Scottish Leaving Certificate Examination, 1961
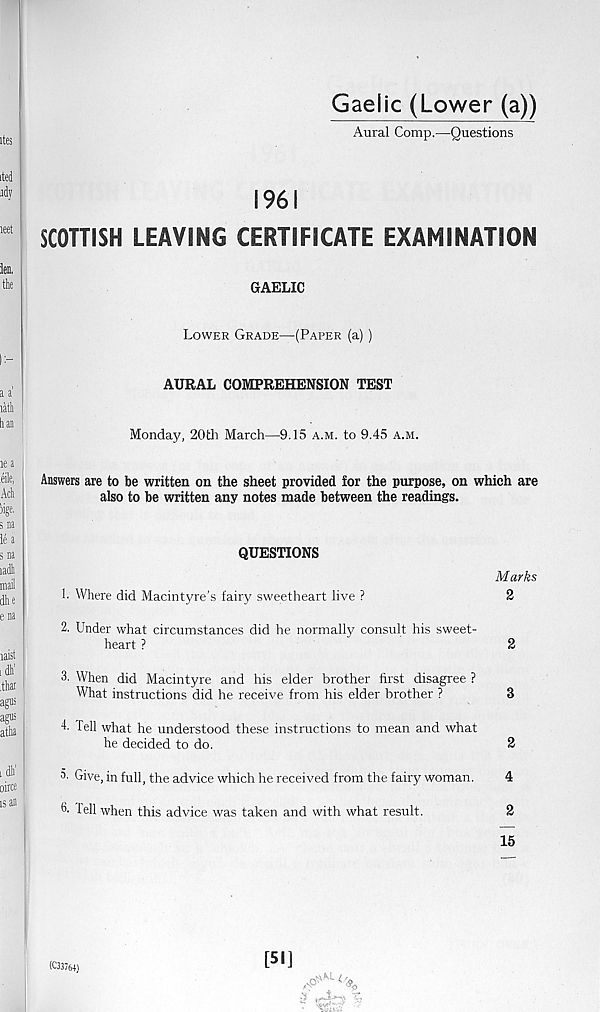
Gaelic (Lower (a))
Aural Comp.—Questions
1961
SCOTTISH LEAVING CERTIFICATE EXAMINATION
GAELIC
Lower Grade—(Paper (a))
AURAL COMPREHENSION TEST
Monday, 20th March—9.15 a.m. to 9.45 a.m.
Answers are to be written on the sheet provided for the purpose, on which are
also to be written any notes made between the readings.
QUESTIONS
!• Where did Macintyre’s fairy sweetheart live ?
Marks
2
2. Under what circumstances did he normally consult his sweet-
heart ?
2
3. When did Macintyre and his elder brother first disagree ?
What instructions did he receive from his elder brother ?
3
4- Tell what he understood these instructions to mean and what
he decided to do.
2
Give, in full, the advice which he received from the fairy woman.
4
L iell when this advice was taken and with what result.
2
15
[51]
(C33764)